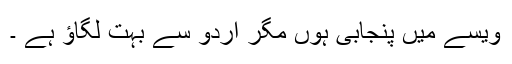
ویسے میں پنجابی ہوں مگر اردو سے بہت لگاؤ ہے ۔